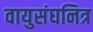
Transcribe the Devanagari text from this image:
वायुसंघनित्र